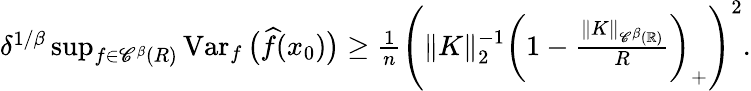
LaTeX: \begin{array}{r}{\delta^{1/\beta}\operatorname*{sup}_{f\in{\mathscr C}^{\beta}(R)}\operatorname{Var}_{f}\big(\widehat f(x_{0})\big)\geq\frac 1n\Bigg(\| K\| _{2}^{-1}\bigg(1-\frac{\| K\| _{{\mathscr C}^{\beta}({\mathbb R})}}{R}\bigg)_{+}\Bigg)^{2}.}\end{array}